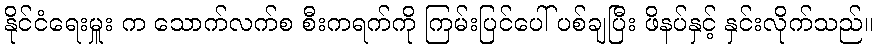
နိုင်ငံရေးမှူး က သောက်လက်စ စီးကရက်ကို ကြမ်းပြင်ပေါ် ပစ်ချပြီး ဖိနပ်နှင့် နှင်းလိုက်သည်။